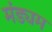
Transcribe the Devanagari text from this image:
मंड्यम